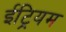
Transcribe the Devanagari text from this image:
ईट्रियम